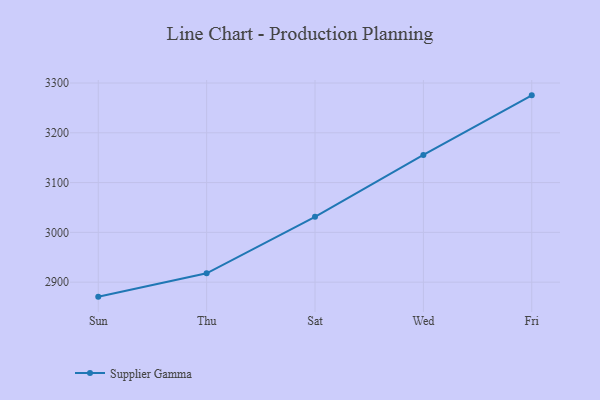
{"axis": {"x": "Day", "y": "Energy Usage (MWh)"}, "legend": ["Supplier Gamma"], "data": [{"x": "Sun", "y": 2870.9, "type": "Supplier Gamma"}, {"x": "Thu", "y": 2917.8, "type": "Supplier Gamma"}, {"x": "Sat", "y": 3031.2, "type": "Supplier Gamma"}, {"x": "Wed", "y": 3155.5, "type": "Supplier Gamma"}, {"x": "Fri", "y": 3275.2, "type": "Supplier Gamma"}]}